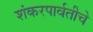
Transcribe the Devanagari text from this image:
शंकरपार्वतीचे